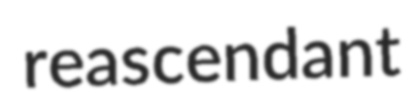
reascendant